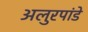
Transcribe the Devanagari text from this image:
अलुरपांडे